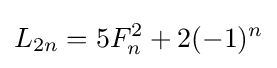
L_{2n}=5F_{n}^{2}+2(-1)^{n}